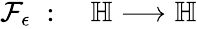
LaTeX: \begin{array}{rl}{\mathcal{F}_{\epsilon}\; :\; }&{{}\mathbb{H}\longrightarrow\mathbb{H}}\end{array}